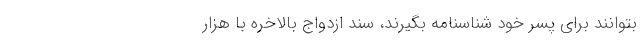
بتوانند براي پسر خود شناسنامه بگيرند، سند ازدواج بالاخره با هزار